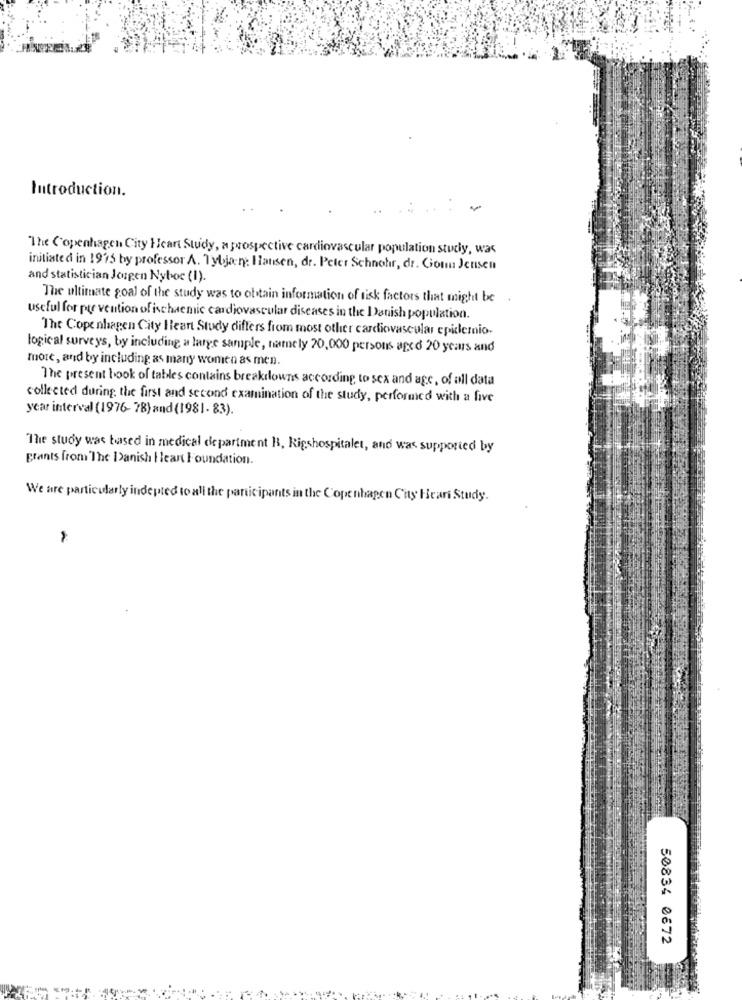
Introduction.
The Copenhagen City Heart Study, a prospective cardiovascular population study, was
initiated in 1975 by professor A. Tybjar: Hansen, dr. Peter Schnohr, dr. Comm Jensen
and statistician Jourgen Nyboc (1).
The ultimate goal of the study was to obtain information of risk factors that might be .
useful for prevention of ischemic cardiovascular diseases in the Danish population.
The Copenhagen City Heart Study differs from most other cardiovascular epidemio-
logical surveys, by including a large sample, namely 20,000 persons aged 20 years and
more, and by including as many women as men.
The present book of tables contains breakdowns according to sex and age, of all data
collected during the first and second examination of the study, performed with a five
year interval (1976- 78) and (1981- 83).
"The study was based in medical department B, Rigshospitalet, and was supported by
grants from The Danish Heart Foundation.
We are particularly indepted to all the participants in the Copenhagen City Heart Study.
50834 0672